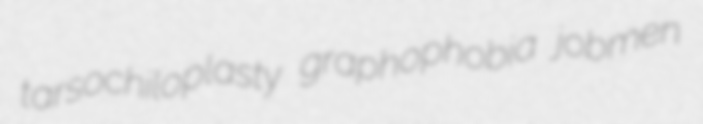
tarsochiloplasty graphophobia jobmen